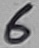
Text: 6